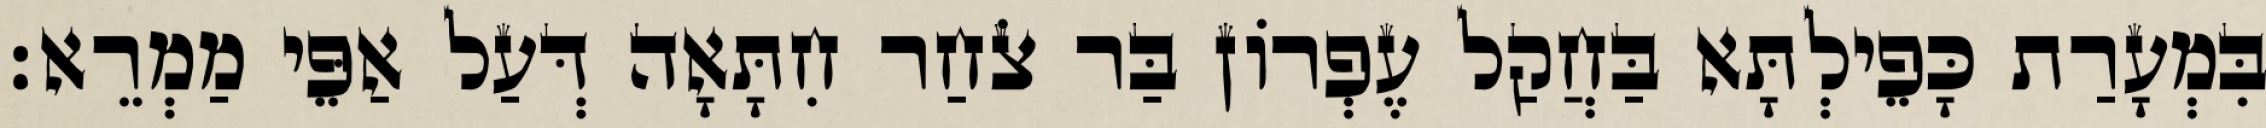
בִּמְעָרַת כָּפֵילְתָּא בַּחֲקַל עֶפְרוֹן בַּר צֹחַר חִתָּאָה דְּעַל אַפֵּי מַמְרֵא׃